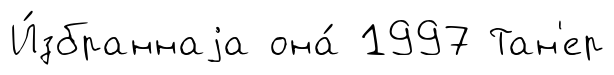
И́збраннаjа она́ 1997 Тан'ер